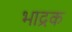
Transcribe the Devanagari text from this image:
भाद्रक